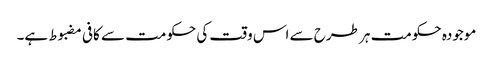
موجودہ حکومت ہر طرح سے اس وقت کی حکومت سے کافی مضبوط ہے۔